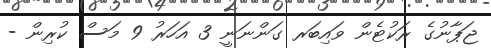
ޖަޕާނުގެ ރަކުޓެން ވައިބަރ ގަންނަނީ 3 އަހަރު 9 މަސް ކުރިން -